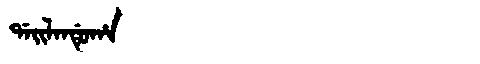
Manchu: ᡩᠠᡳᠯᠠᠨᡩᡠᡥᠠ
Romanization: DAILANDUHA